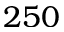
2 5 0